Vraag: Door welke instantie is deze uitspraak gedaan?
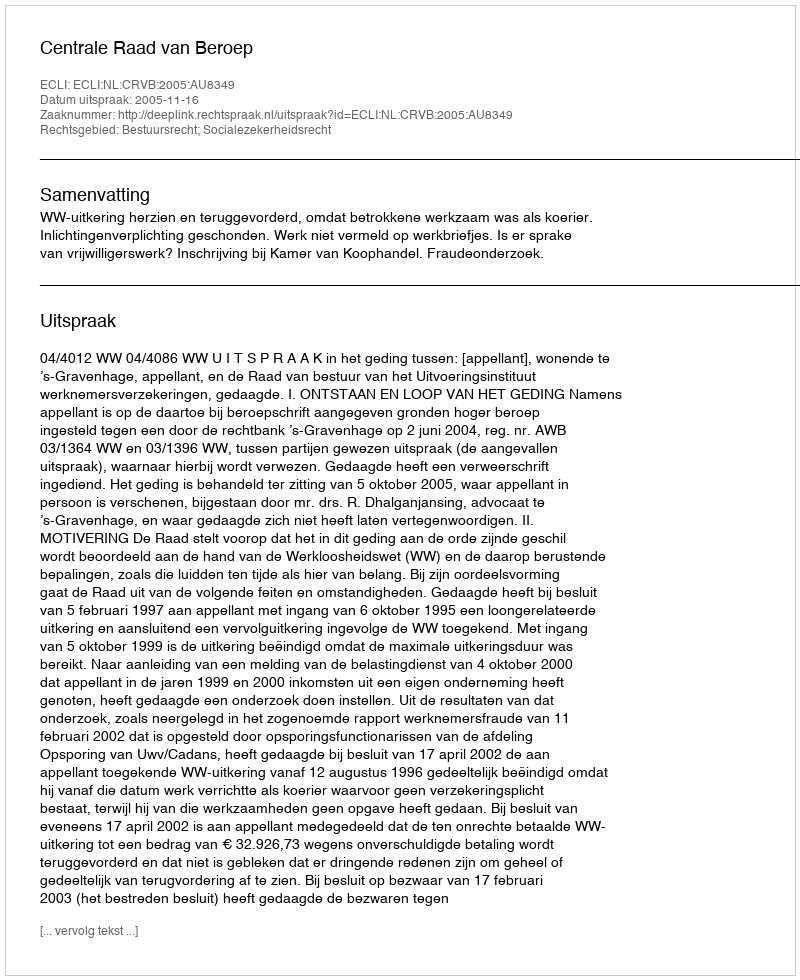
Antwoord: Centrale Raad van Beroep